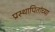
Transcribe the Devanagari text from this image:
प्रस्थापितांच्या